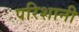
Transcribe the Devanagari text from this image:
परिशानी